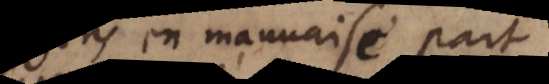
gens en mauvaise part,